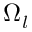
\Omega _ { l }